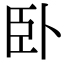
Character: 卧